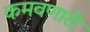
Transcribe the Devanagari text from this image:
कमवणारी